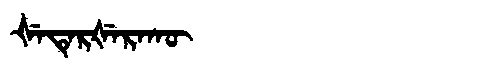
Manchu: ᡧᡝᡨᡝᡵᡧᡝᡵᠠᡴᡡ
Romanization: ŠETERŠERAKŪ